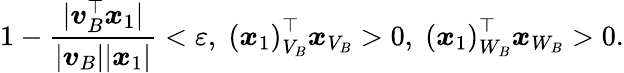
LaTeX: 1-\frac{|\boldsymbol{v}_{B}^{\top}\boldsymbol{x}_{1}|}{|\boldsymbol{v}_{B}||\boldsymbol{x}_{1}|}<\varepsilon,\; \left(\boldsymbol{x}_{1}\right)_{V_{B}}^{\top}\boldsymbol{x}_{V_{B}}>0,\; \left(\boldsymbol{x}_{1}\right)_{W_{B}}^{\top}\boldsymbol{x}_{W_{B}}>0.